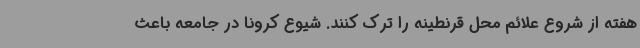
هفته از شروع علائم محل قرنطینه را ترک کنند. شیوع کرونا در جامعه باعث